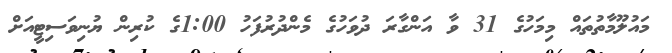
މައުލޫމާތުތައް މިމަހުގެ 31 ވާ އަންގާރަ ދުވަހުގެ މެންދުރުފަހު 1:00ގެ ކުރިން ޔުނިވަސިޓީއަށް